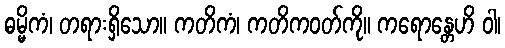
ဓမ္မိကံ၊ တရားရှိသော။ ကတိကံ၊ ကတိကဝတ်ကို။ ကရောန္တေဟိ ဝါ၊